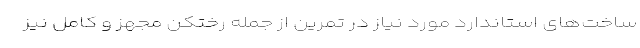
ساخت‌هاى استاندارد مورد نیاز در تمرین از جمله رختکن مجهز و کامل نیز